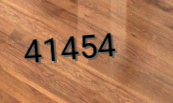
41454